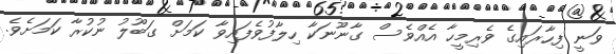
ވަނީ ފިހާރައިގެ ވެރިމީހާ އެއްވެސް ގާނޫނަކާ ހިލާފުވެފައިވާ ކަމަށް ގަބޫލު ނުކުރާ ކަމަށެވެ.